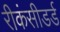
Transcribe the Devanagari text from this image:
रीकंसीडर्ड